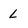
Character: L